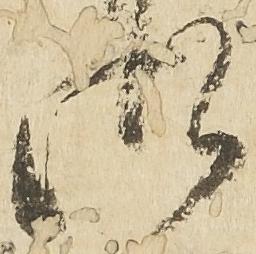
御